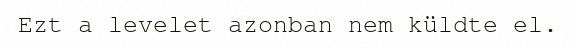
Ezt a levelet azonban nem küldte el.